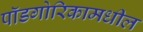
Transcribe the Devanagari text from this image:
पॉडगोरिकामधील